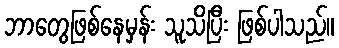
ဘာတွေဖြစ်နေမှန်း သူသိပြီး ဖြစ်ပါသည်။